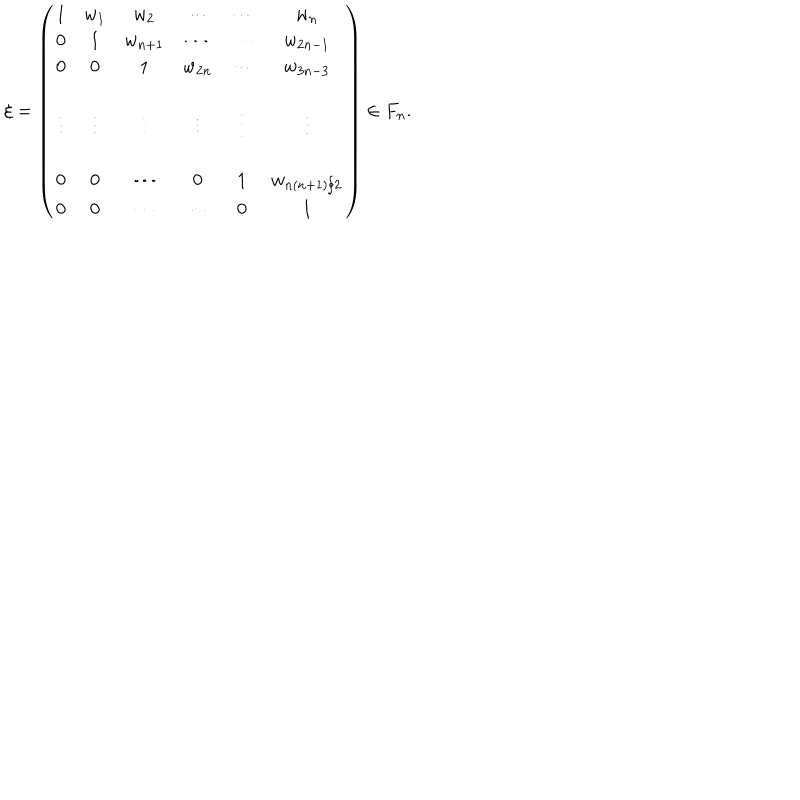
LaTeX: \xi = \left( \begin{matrix} { { 1 } } & { { w _ { 1 } } } & { { w _ { 2 } } } & { { \cdots } } & { { \cdots } } & { { w _ { n } } } \\ { { 0 } } & { { 1 } } & { { w _ { n + 1 } } } & { { \cdots } } & { { \cdots } } & { { w _ { 2 n - 1 } } } \\ { { 0 } } & { { 0 } } & { { 1 } } & { { w _ { 2 n } } } & { { \cdots } } & { { w _ { 3 n - 3 } } } \\ { { } } & { { } } & { { } } & { { } } & { { } } & { { } } \\ { { \vdots } } & { { \vdots } } & { { \vdots } } & { { \vdots } } & { { \vdots } } & { { \vdots } } \\ { { } } & { { } } & { { } } & { { } } & { { } } & { { } } \\ { { 0 } } & { { 0 } } & { { \cdots } } & { { 0 } } & { { 1 } } & { { w _ { n ( n + 1 ) / 2 } } } \\ { { 0 } } & { { 0 } } & { { \cdots } } & { { \cdots } } & { { 0 } } & { { 1 } } \\ \end{matrix} \right) \in F _ { n } .